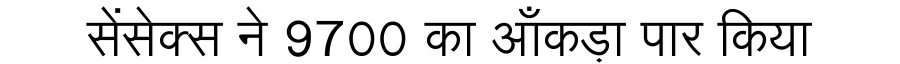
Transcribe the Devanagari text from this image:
सेंसेक्स ने 9700 का आँकड़ा पार किया